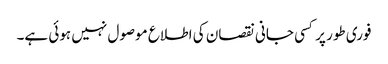
فوری طور پر کسی جانی نقصان کی اطلاع موصول نہیں ہوئی ہے۔